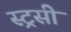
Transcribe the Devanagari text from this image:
स्ट्रसी